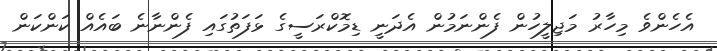
އެހެންވެ މިހާރު މަޖިލީހުން ފެންނަމުން އެދަނީ ޑިމޮކްރަސީގެ ޅަފަތުގައި ފެންނާނެ ބައެއް ކަންކަން